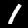
Digit: 1